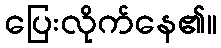
ပြေးလိုက်နေ၏။